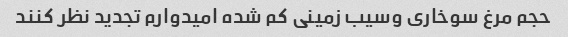
حجم مرغ سوخاری وسیب زمینی کم شده امیدوارم تجدید نظر کنند